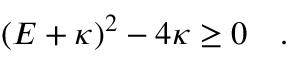
( { \cal E } + \kappa ) ^ { 2 } - 4 \kappa \geq 0 \quad .